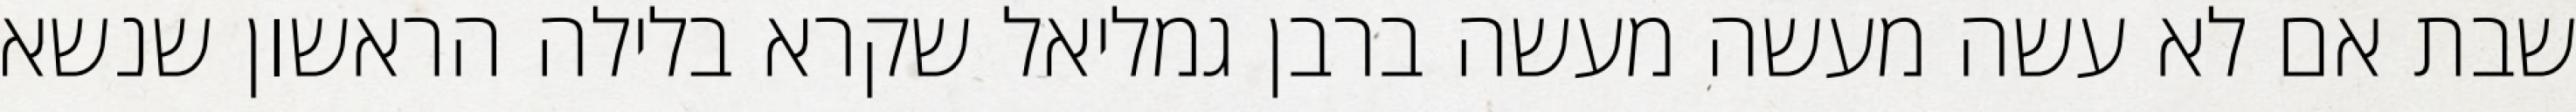
שבת אם לא עשה מעשה מעשה ברבן גמליאל שקרא בלילה הראשון שנשא